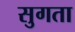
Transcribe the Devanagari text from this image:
सुगता